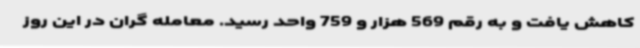
کاهش یافت و به رقم 569 هزار و 759 واحد رسید. معامله گران در این روز